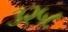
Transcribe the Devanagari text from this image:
३२५८